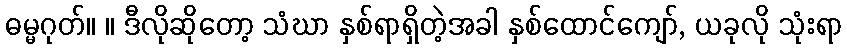
ဓမ္မဂုတ်။ ။ ဒီလိုဆိုတော့ သံဃာ နှစ်ရာရှိတဲ့အခါ နှစ်ထောင်ကျော်, ယခုလို သုံးရာ